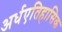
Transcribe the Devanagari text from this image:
अर्धएतिहासिक